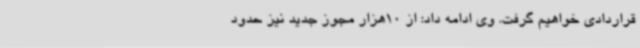
قراردادی خواهیم گرفت. وی ادامه داد: از 10هزار مجوز جدید نیز حدود